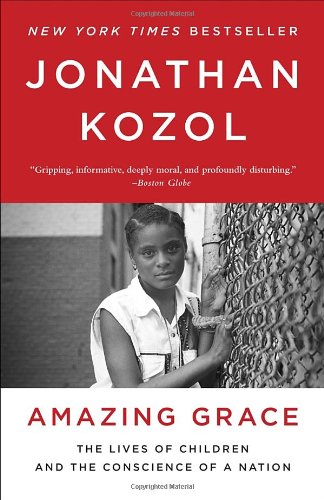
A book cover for Amazing Grace: The Lives of Children and the Conscience of a Nation; Jonathan Kozol; Politics & Social Sciences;